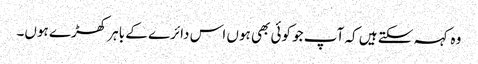
وہ کہہ سکتے ہیں کہ آپ جو کوئی بھی ہوں اس دائرے کے باہر کھڑے ہوں۔